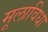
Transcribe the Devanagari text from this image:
मूलाविधा